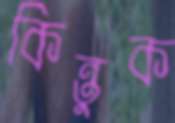
কিন্তুক